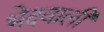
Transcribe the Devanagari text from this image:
भेदवाली